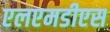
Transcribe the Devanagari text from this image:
एलएमडीएस